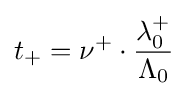
t_{+}=\nu ^{+}\cdot {\frac {\lambda _{0}^{+}}{\Lambda _{0}}}